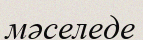
мәселеде